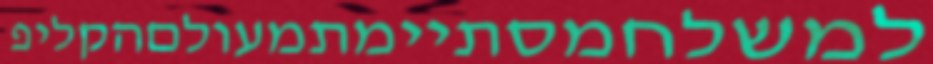
למשלחמסתיימתמעולםהקליפ